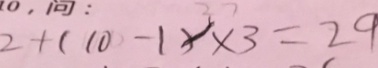
2 + ( 1 0 - 1 ) \times 3 = 2 9